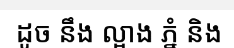
ដូច នឹង ល្អាង ភ្នំ និង